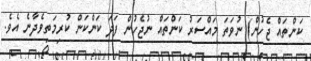
ކަންތައް ޖެހުން) ނުވަތަ މައްސަރު ކަންތައް ނުޖެހުން ފަދަ ކަންކަން ކުރިމަތިވެދާނެ އެވެ.